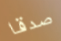
صدقا